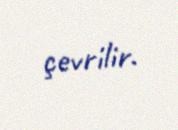
çevrilir.